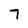
Character: 7